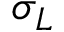
\sigma _ { L }